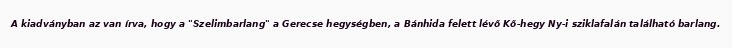
A kiadványban az van írva, hogy a "Szelimbarlang" a Gerecse hegységben, a Bánhida felett lévő Kő-hegy Ny-i sziklafalán található barlang.